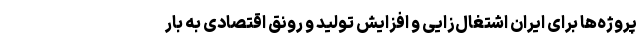
پروژه‌ها برای ایران اشتغال‌زایی و افزایش تولید و رونق اقتصادی به بار